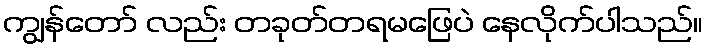
ကျွန်တော် လည်း တခုတ်တရမဖြေပဲ နေလိုက်ပါသည်။